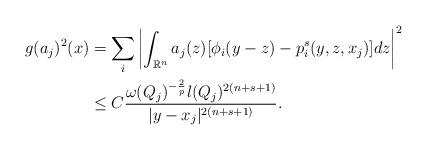
LaTeX: \begin{align*}\begin{aligned} g(a_{j})^{2}(x) &=\sum\limits_{i}\left\vert\int_{\mathbb {R}^{n}}a_{j}(z)[\phi_{i}(y-z)-p^{s}_{i}(y,z,x_{j})]dz\right\vert^{2}\\&\leq C\frac{\omega(Q_{j})^{-\frac{2}{p}}l(Q_{j})^{2(n+s+1)}}{\vert y-x_{j}\vert^{2(n+s+1)}}.\end{aligned}\end{align*}